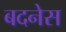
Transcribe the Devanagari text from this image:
बदनेस